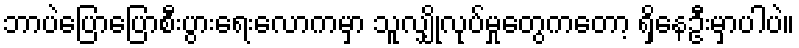
ဘာပဲပြောပြောစီးပွားရေးလောကမှာ သူလျှိုလုပ်မှုတွေကတော့ ရှိနေဦးမှာပါပဲ။